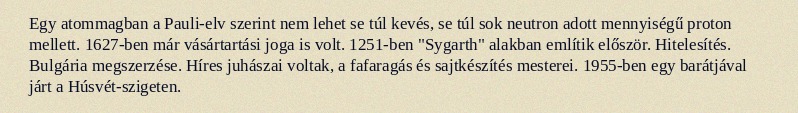
Egy atommagban a Pauli-elv szerint nem lehet se túl kevés, se túl sok neutron adott mennyiségű proton mellett. 1627-ben már vásártartási joga is volt. 1251-ben "Sygarth" alakban említik először. Hitelesítés. Bulgária megszerzése. Híres juhászai voltak, a fafaragás és sajtkészítés mesterei. 1955-ben egy barátjával járt a Húsvét-szigeten.